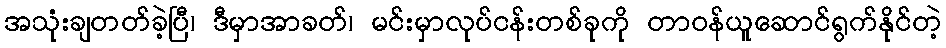
အသုံးချတတ်ခဲ့ပြီ၊ ဒီမှာအာခတ်၊ မင်းမှာလုပ်ငန်းတစ်ခုကို တာဝန်ယူဆောင်ရွက်နိုင်တဲ့